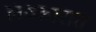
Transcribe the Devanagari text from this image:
लष्कारात